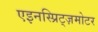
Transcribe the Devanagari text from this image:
एइनस्प्रिट्ज़मोटर